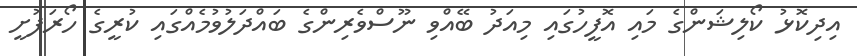
އިދިކޮޅު ކޯލިޝަންގެ މައި އޮފީހުގައި މިއަދު ބޭއްވި ނޫސްވެރިންގެ ބައްދަލުވުމެއްގައި ކުރީގެ ހޯރަފުށީ